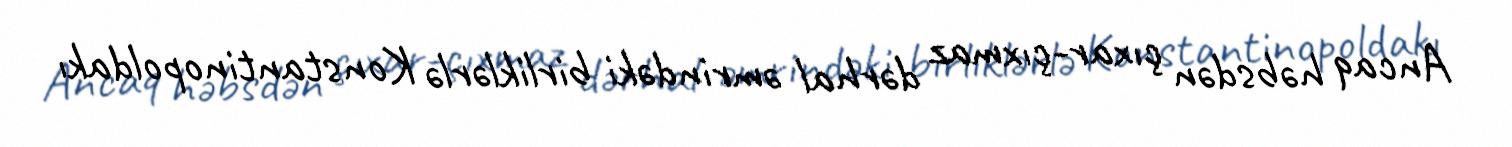
Ancaq həbsdən çıxar-çıxmaz dərhal əmrindəki birliklərlə Konstantinopoldakı